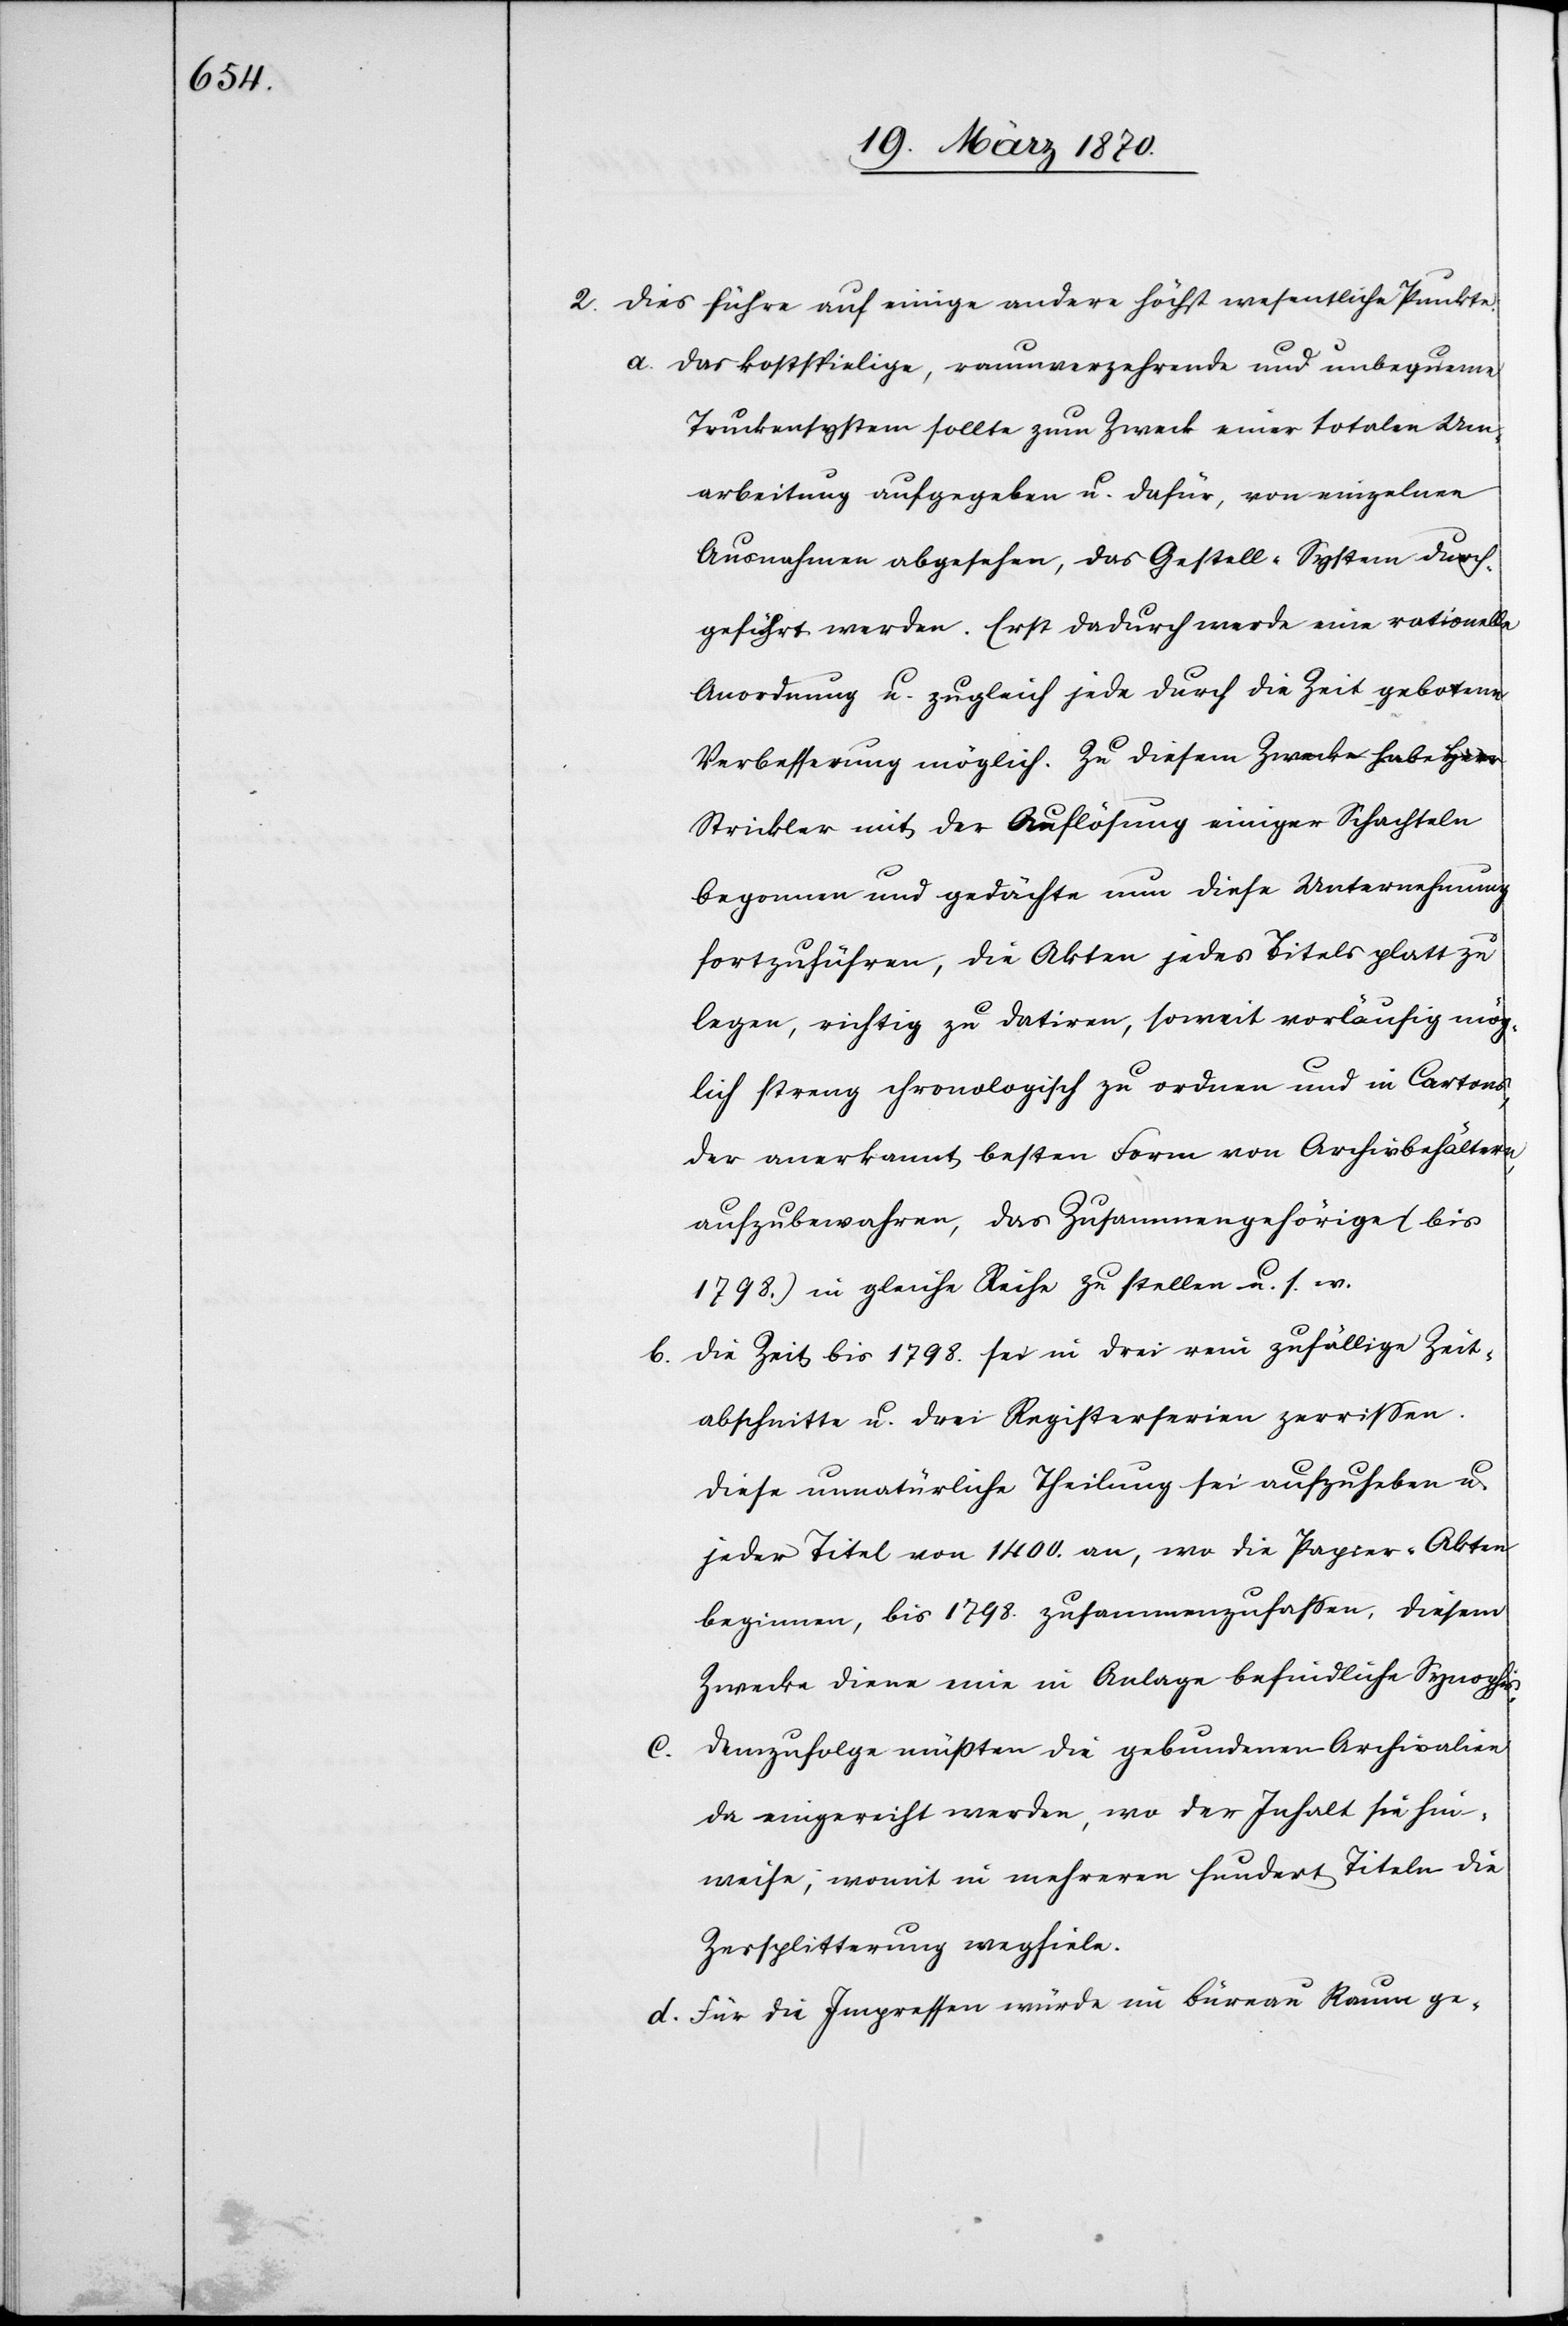
2. Dies führe auf einige andere höchst wesentliche Punkte:
a. Das kostspielige, raumverzehrende und unbequeme
Truckensystem sollte zum Zweck einer totalen Um¬
arbeitung aufgegeben u. dafür, von einzelnen
Ausnahmen abgesehen, das Gestell-System durch¬
geführt werden. Erst dadurch werde eine rationelle
Anordnung u. zugleich jede durch die Zeit gebotene
Verbesserung möglich. Zu diesem Zwecke habe Herr
Strickler mit der Auflösung einiger Schachteln
begonnen und gedächte nun diese Unternehmung
fortzuführen, die Akten jedes Titels glatt zu
legen, richtig zu datiren, soweit vorläufig mög¬
lich streng chronologisch zu ordnen und in Cartons,
der anerkannt besten Form von Archivbehältern,
aufzubewahren, das Zusammengehörige (bis
1798.) in gleiche Reihe zu stellen u. s. w.
b. Die Zeit bis 1798. sei in drei rein zufällige Zeit¬
abschnitte u. drei Registerserien zerrissen.
Diese unnatürliche Theilung sei aufzuheben u.
jeder Titel von 1400. an, wo die Papier-Akten
beginnen, bis 1798. zusammenzufassen. Diesem
Zwecke diene eine in Anlage befindliche Synopsis.
Demzufolge müßten die gebundenen Archivalien
da eingereiht werden, wo der Inhalt sie hin¬
weise; womit in mehreren hundert Titeln die
Zersplitterung wegfiele.
d. Für die Impressen würde im Büreau Raum ge-